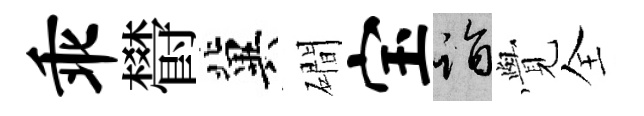
乖欎冀磵宝诣𮗜全